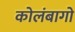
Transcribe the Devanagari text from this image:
कोलंबागो